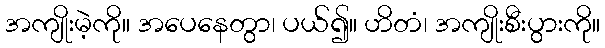
အကျိုးမဲ့ကို။ အပေနေတွာ၊ ပယ်၍။ ဟိတံ၊ အကျိုးစီးပွားကို။